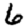
Digit: 6